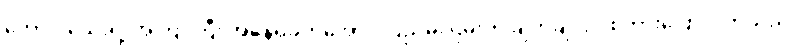
တော်ပါသေးရဲ့ အကြာကြီး အနေရခက်အောင် ပြည်မိုးငြိမ်းက ချက်ချင်းပဲ စကားပြောလိုက်သည်။